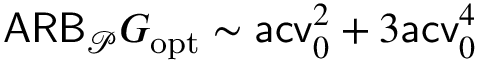
\mathsf { A R B } _ { \mathcal P } G _ { \mathrm { o p t } } \sim \mathsf { a c v } _ { 0 } ^ { 2 } + 3 \mathsf { a c v } _ { 0 } ^ { 4 }